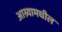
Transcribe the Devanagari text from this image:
आग्र्यामधील